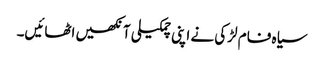
سیاہ فام لڑکی نے اپنی چمکیلی آنکھیں اٹھائیں۔